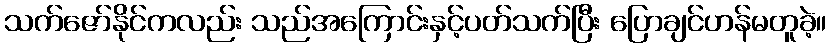
သက်ဇော်နိုင်ကလည်း သည်အကြောင်းနှင့်ပတ်သက်ပြီး ပြောချင်ဟန်မတူခဲ့။